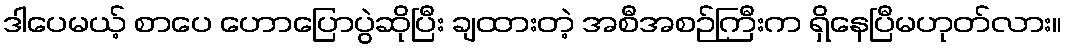
ဒါပေမယ့် စာပေ ဟောပြောပွဲဆိုပြီး ချထားတဲ့ အစီအစဉ်ကြီးက ရှိနေပြီမဟုတ်လား။